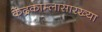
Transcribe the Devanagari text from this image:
केंद्रकाम्लासारख्या